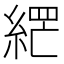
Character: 𮈘